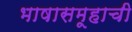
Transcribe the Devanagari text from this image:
भाषासमूहाची